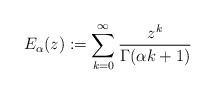
LaTeX: \begin{align*}E_\alpha(z) : = \sum_{k=0}^\infty \frac{z^k}{\Gamma(\alpha k+1)}\end{align*}